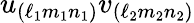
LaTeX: u_{(\ell_{1}m_{1}n_{1})}v_{(\ell_{2}m_{2}n_{2})}